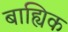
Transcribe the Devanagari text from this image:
बाह्यिक